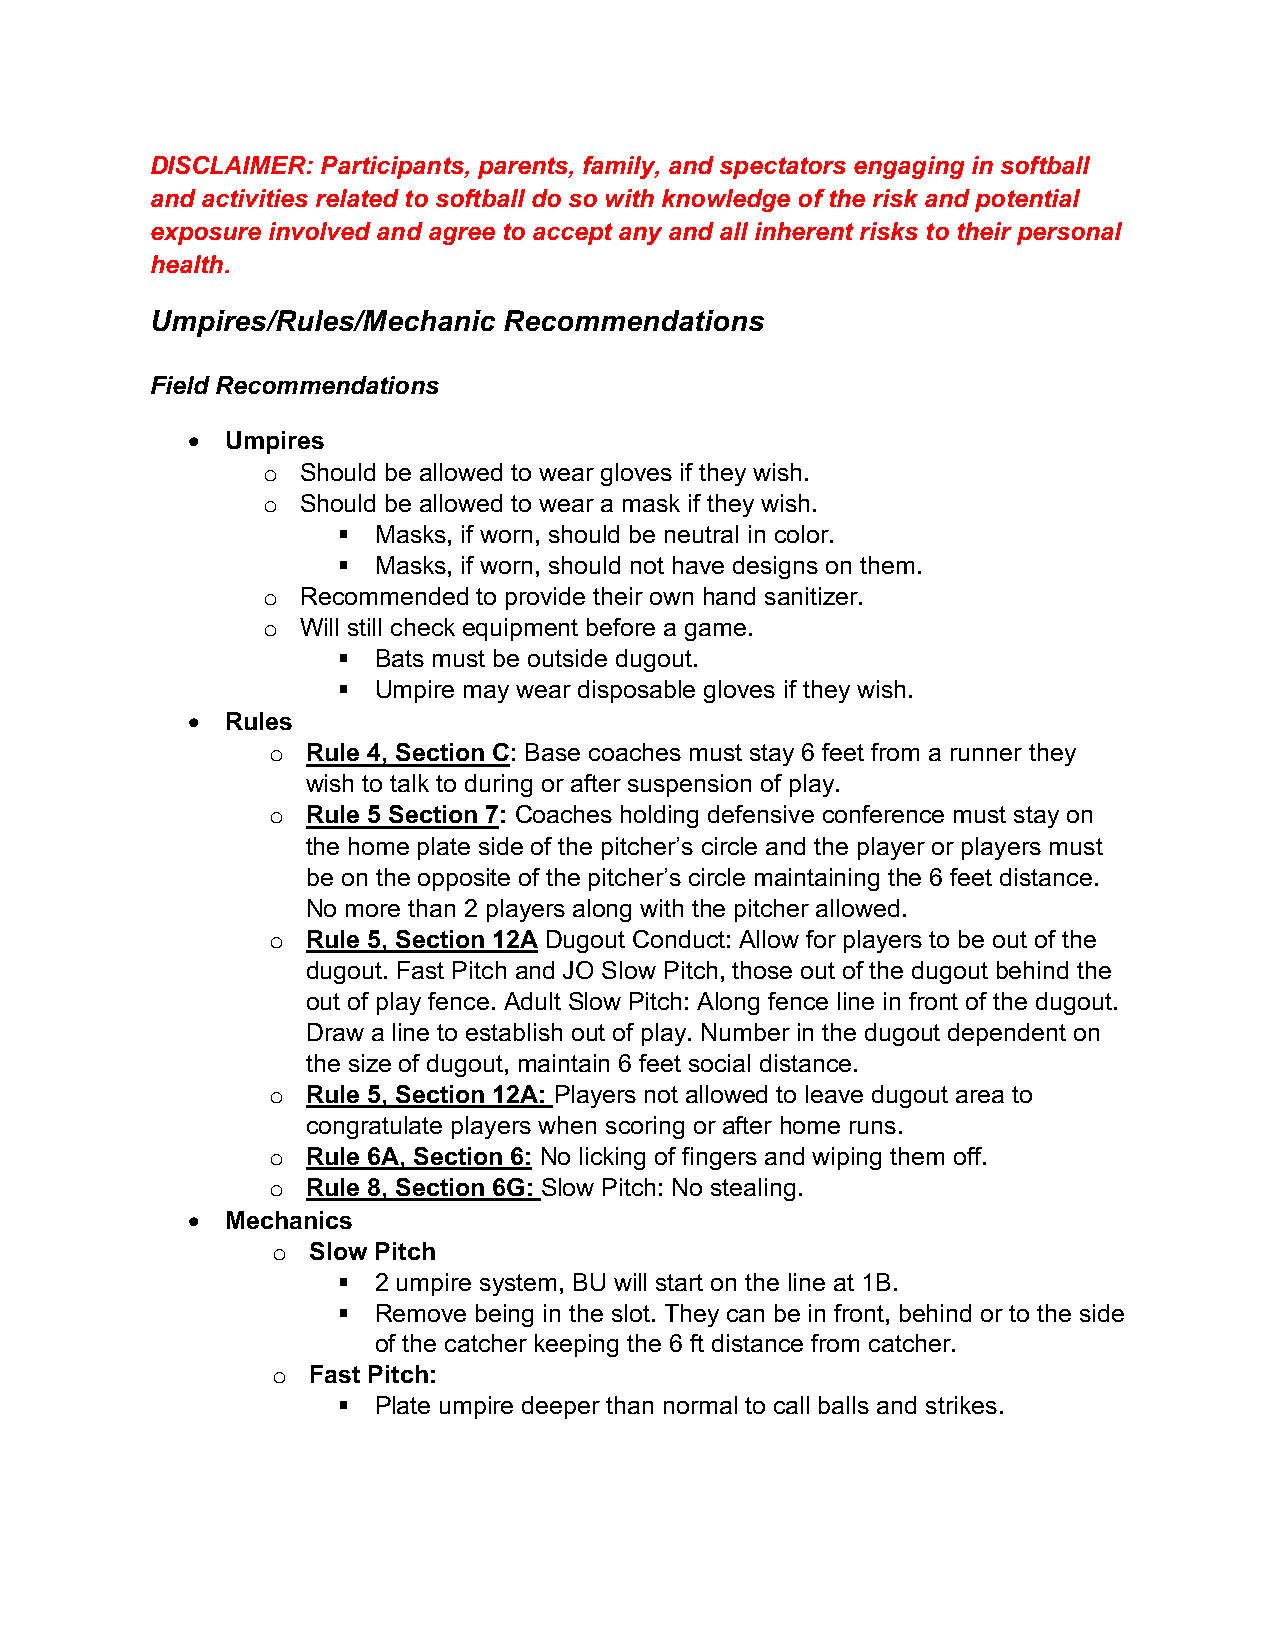
DISCLAIMER: Participants, parents, family, and spectators engaging in softball
 and activities related to softball do so with knowledge of the risk and potential
 exposure involved and agree to accept any and all inherent risks to their personal
 health.
 Umpires/Rules/Mechanic Recommendations
 Field Recommendations
 •  Umpires
 o  Should be allowed to wear gloves if they wish.
 o  Should be allowed to wear a mask if they wish.
 §  Masks, if worn, should be neutral in color.
 §  Masks, if worn, should not have designs on them.
 o  Recommended to provide their own hand sanitizer.
 o  Will still check equipment before a game.
 §  Bats must be outside dugout.
 §  Umpire may wear disposable gloves if they wish.
 •  Rules
 o Rule 4, Section C: Base coaches must stay 6 feet from a runner they
 wish to talk to during or after suspension of play.
 o Rule 5 Section 7: Coaches holding defensive conference must stay on
 the home plate side of the pitcher’s circle and the player or players must
 be on the opposite of the pitcher’s circle maintaining the 6 feet distance.
 No more than 2 players along with the pitcher allowed.
 o Rule 5, Section 12A Dugout Conduct: Allow for players to be out of the
 dugout. Fast Pitch and JO Slow Pitch, those out of the dugout behind the
 out of play fence. Adult Slow Pitch: Along fence line in front of the dugout.
 Draw a line to establish out of play. Number in the dugout dependent on
 the size of dugout, maintain 6 feet social distance.
 o Rule 5, Section 12A: Players not allowed to leave dugout area to
 congratulate players when scoring or after home runs.
 o Rule 6A, Section 6: No licking of fingers and wiping them off.
 o Rule 8, Section 6G: Slow Pitch: No stealing.
 •  Mechanics
 o Slow Pitch
 §  2 umpire system, BU will start on the line at 1B.
 §  Remove being in the slot. They can be in front, behind or to the side
 of the catcher keeping the 6 ft distance from catcher.
 o Fast Pitch:
 §  Plate umpire deeper than normal to call balls and strikes.